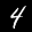
Label: 4